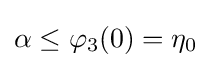
\alpha \leq \varphi _{3}(0)=\eta _{0}